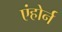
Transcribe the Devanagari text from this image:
एंहोर्न